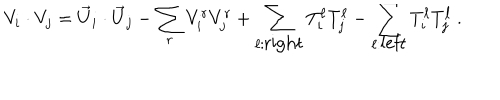
V _ { i } \cdot V _ { j } = { \vec { U } } _ { i } \cdot { \vec { U } } _ { j } - \sum _ { r } V _ { i } ^ { r } V _ { j } ^ { r } + \sum _ { \ell : { \mathrm { r i g h t } } } T _ { i } ^ { \ell } T _ { j } ^ { \ell } - \sum _ { \ell : { \mathrm { l e f t } } } T _ { i } ^ { \ell } T _ { j } ^ { \ell } ~ .